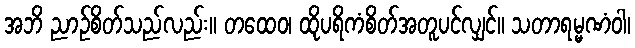
အဘိ ညာဉ်စိတ်သည်လည်း။ တထေဝ၊ ထိုပရိကံစိတ်အတူပင်လျှင်။ သတာရမ္မဏံဝါ၊